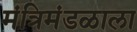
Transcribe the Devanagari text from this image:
मंत्रिमंडळाला